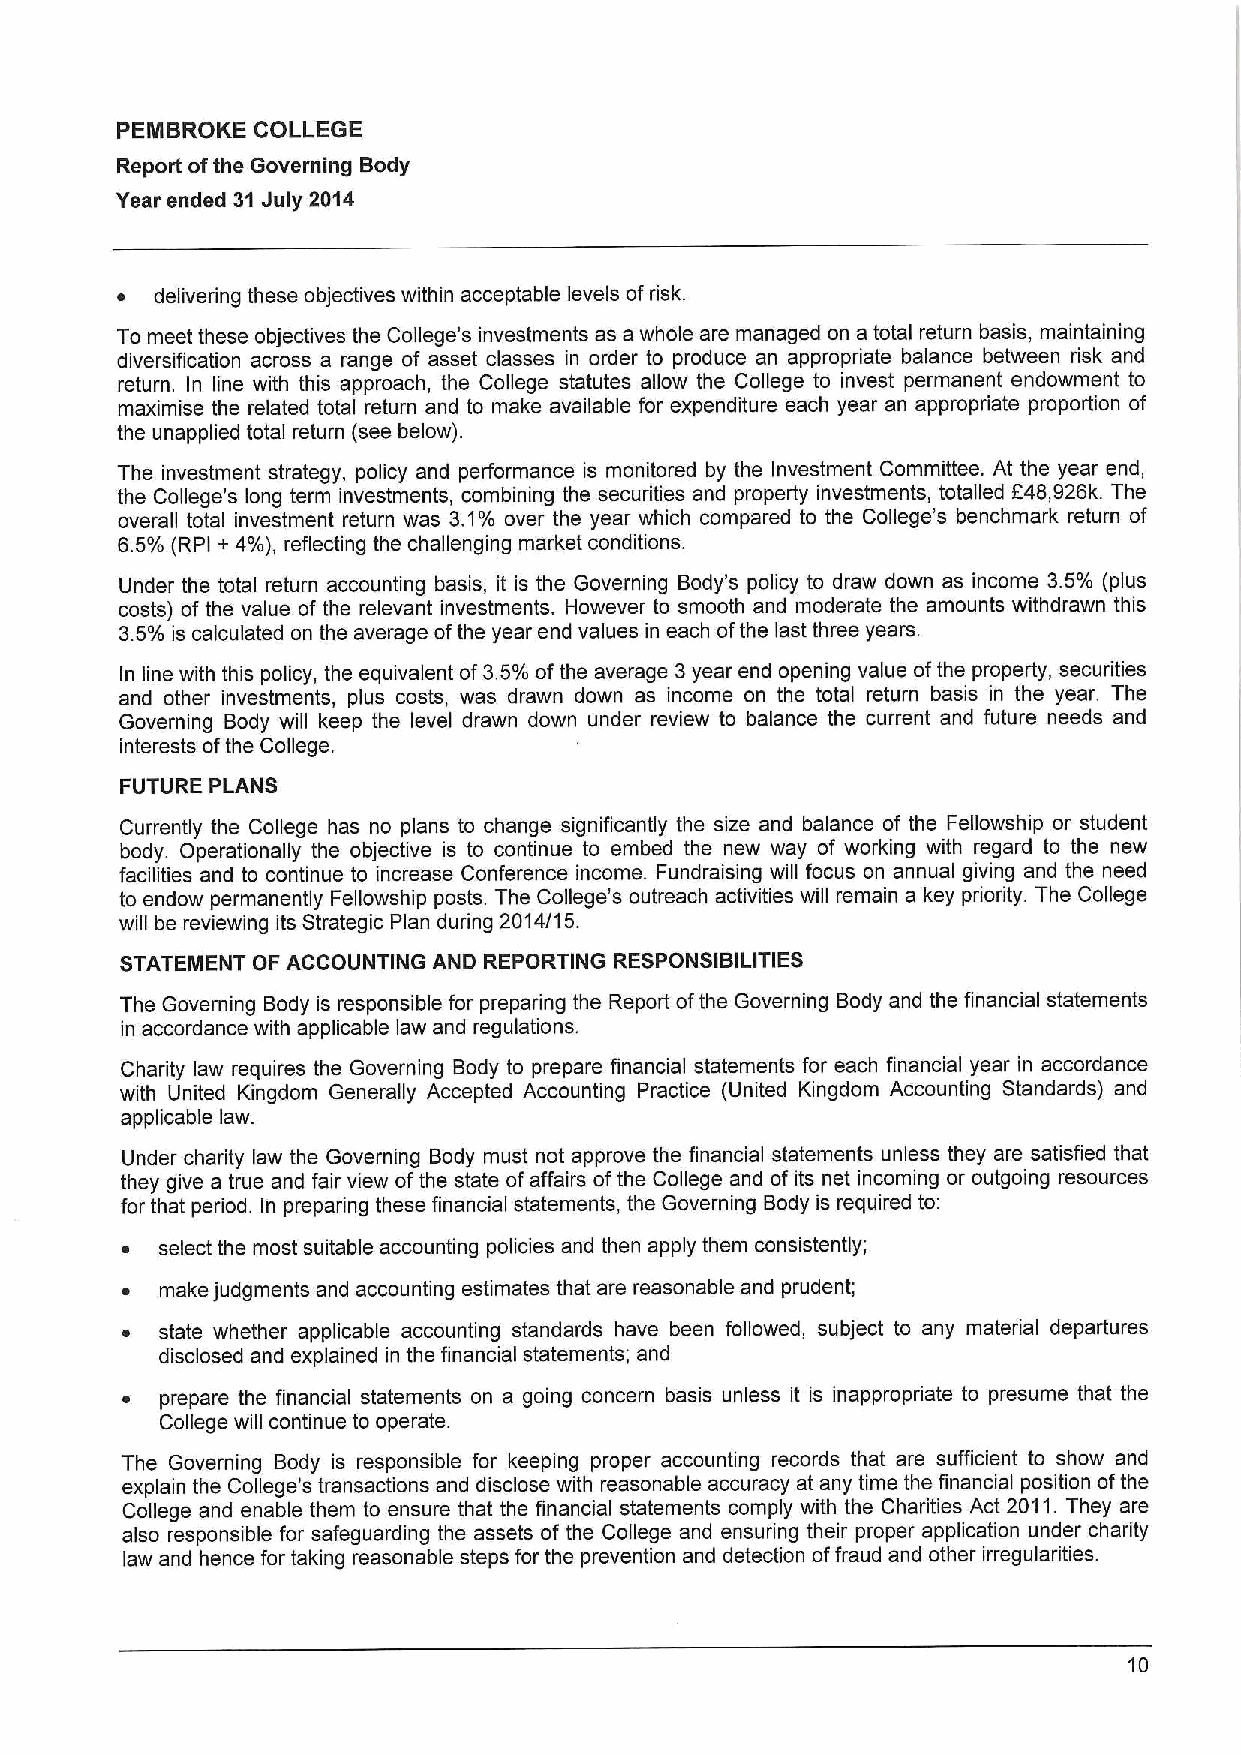
PEIIBROKE COLLEGE
 Report ofthe Governing Body
 Year ended 31July 2014
 ~ delivering these objectives within acceptable levels offfsk,
 To meet these objectives the College's investments as a whole are managed on a total return basis, maintaining
 diversification across a range of asset classes in order to produce an appropriate balance between risk and
 return. In line with this approach, the College statutes allow the College to invest permanent endowment to
 maximise the related total return and to make available for expenditure each year an appropriate proportion of
 the unapplied total return (see below).
 The investment strategy, policy and performance is monitored by the Investment Committee. At the year end,
 the College's long term investments, combining the securities and property investments, totalled E48,926k. The
 overall total investment return was 3.1'/o over the year which compared to the College's benchmark return of
 6.5/o (RPI + 4/o), reflecting the challenging market conditions.
 Under the total return accounting basis, it is the Governing Body's policy to draw down as income 3.5'/o (plus
 costs) of the value of the relevant investments. However to smooth and moderate the amounts withdrawn this
 3.5'/o is calculated on the average ofthe year end values in each ofthe last three years.
 In line with this policy, the equivalent of3.5'/o ofthe average 3year end opening value ofthe property, secudties
 and other investments, plus costs, was drawn down as income on the total return basis in the year. The
 Governing Body will keep the level drawn down under review to balance the current and future needs and
 interests ofthe College.
 FUTURE PLANS
 Currently the College has no plans to change significantly the size and balance of the Fellowship or student
 body. Operationally the objective is to continue to embed the new way of working with regard to the new
 facilities and to continue to increase Conference income. Fundraising will focus on annual giving and the need
 to endow permanently Fellowship posts. The College's outreach activities will remain a key priority. The College
 will be reviewing its Strategic Plan during 2014/15.
 STATEIIENT OF ACCOUNTING AND REPORTING RESPONSIBILITIES
 The Governing Body is responsible for preparing the Report ofthe Governing Body and the financial statements
 in accordance with applicable law and regulations.
 Charity law requires the Governing Body to prepare financial statements for each financial year in accordance
 with United Kingdom Generally Accepted Accounting Practice (United Kingdom Accounting Standards} and
 applicable law.
 Under charity law the Governing Body must not approve the financial statements unless they are satisfied that
 they give a true and fair view ofthe state of affairs ofthe College and of its net incoming or outgoing resources
 for that period. In preparing these financial statements, the Governing Body is required to:
 ~ select the most suitable accounting policies and then apply them consistently;
 ~  make judgments and accounting estimates that are reasonable and prudent;
 ~  state whether applicable accounting standards have been followed, subject to any material departures
 disclosed and explained in the financial statements; and
 ~  prepare the financial statements on a going concern basis unless it is inappropriate to presume that the
 College will continue to operate.
 The Governing Body is responsible for keeping proper accounting records that are sufficient to show and
 explain the College's transactions and disclose with reasonable accuracy at any time the financial position ofthe
 College and enable them to ensure that the financial statements comply with the Charities Act 2011.They are
 also responsible for safeguarding the assets of the College and ensuring their proper application under charity
 law and hence for taking reasonable steps for the prevention and detection offraud and other irregularities.
 10